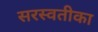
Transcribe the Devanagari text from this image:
सरस्वतीका